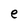
Character: e